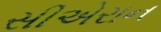
સીએરાન